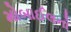
મોબાઈલનો